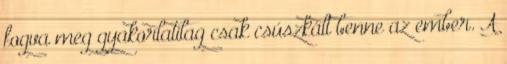
fogva meg gyakorlatilag csak csúszkált benne az ember. A